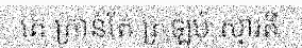
គេ គ្រាន់តែ ត្រឡប់ ស្មារតី